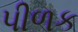
પીળક